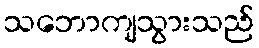
သဘောကျသွားသည်